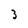
Character: 3